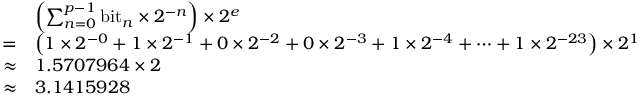
{ \begin{array} { r l } & { \left( \sum _ { n = 0 } ^ { p - 1 } { \mathrm { b i t } } _ { n } \times 2 ^ { - n } \right) \times 2 ^ { e } } \\ { = } & { \left( 1 \times 2 ^ { - 0 } + 1 \times 2 ^ { - 1 } + 0 \times 2 ^ { - 2 } + 0 \times 2 ^ { - 3 } + 1 \times 2 ^ { - 4 } + \cdots + 1 \times 2 ^ { - 2 3 } \right) \times 2 ^ { 1 } } \\ { \approx } & { 1 . 5 7 0 7 9 6 4 \times 2 } \\ { \approx } & { 3 . 1 4 1 5 9 2 8 } \end{array} }